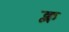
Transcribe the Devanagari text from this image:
क्ल